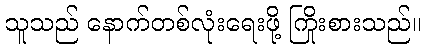
သူသည် နောက်တစ်လုံးရေးဖို့ ကြိုးစားသည်။